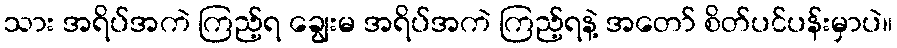
သား အရိပ်အကဲ ကြည့်ရ ချွေးမ အရိပ်အကဲ ကြည့်ရနဲ့ အတော် စိတ်ပင်ပန်းမှာပဲ။